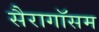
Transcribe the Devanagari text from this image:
सैरागॉसम